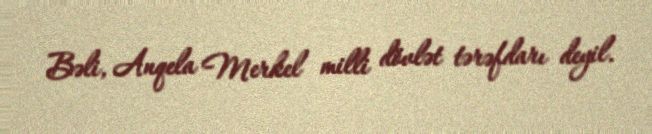
Bəli, Anqela Merkel milli dövlət tərəfdarı deyil.